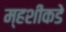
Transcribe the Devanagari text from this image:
म्हशींकडे